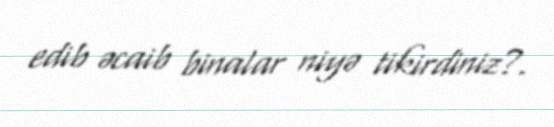
edib əcaib binalar niyə tikirdiniz?.